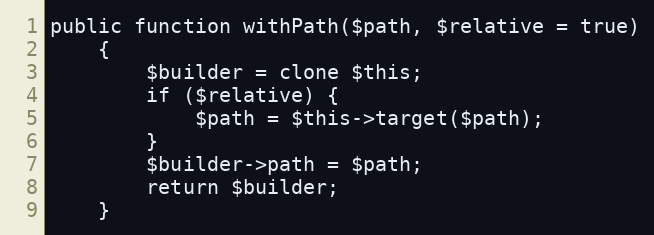
Language: PHP
public function withPath($path, $relative = true)
    {
        $builder = clone $this;
        if ($relative) {
            $path = $this->target($path);
        }
        $builder->path = $path;
        return $builder;
    }